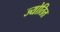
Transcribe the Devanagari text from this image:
ज्योतित